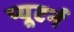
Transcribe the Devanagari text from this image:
प्यूटर्न